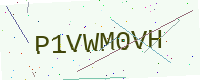
Text: P1VWM0VH